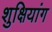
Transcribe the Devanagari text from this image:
शुक्षियांग